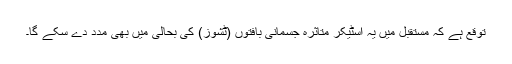
توقع ہے کہ مستقبل میں یہ اسٹیکر متاثرہ جسمانی بافتوں (ٹشوز) کی بحالی میں بھی مدد دے سکے گا۔